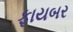
ફાયબર